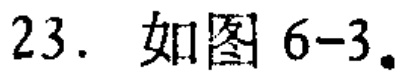
23. 如图6-3。